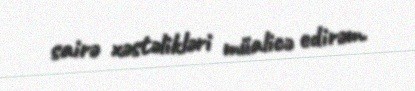
sairə xəstəlikləri müalicə edirəm.